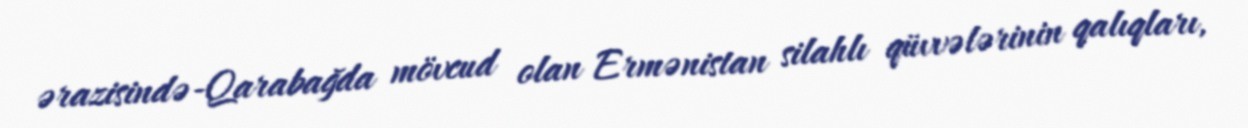
ərazisində-Qarabağda mövcud olan Ermənistan silahlı qüvvələrinin qalıqları,